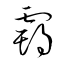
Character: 霸